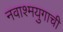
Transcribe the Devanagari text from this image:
नवाश्मयुगाची